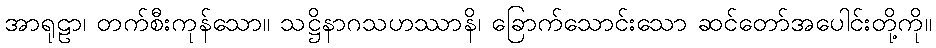
အာရုဠာ၊ တက်စီးကုန်သော။ သဋ္ဌိနာဂသဟဿာနိ၊ ခြောက်သောင်းသော ဆင်တော်အပေါင်းတို့ကို။